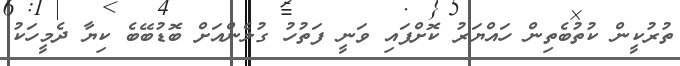
ތުރުކީން ކުތުބެތިން ހައްޔަރު ކޮށްފައި ވަނީ ފަތުހު ގުލެންއަށް ބޮޑުބޭބެ ކިޔާ ދެމީހަކު